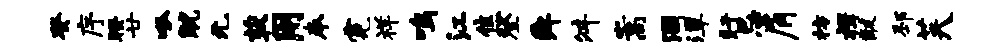
癸序暌廿呱觥无荻用奉霓祥鸣江焦登舜舛嵩涸潭盱忌肩枋楫黻邳芙